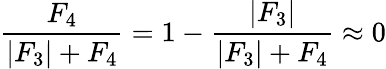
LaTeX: \frac{F_{4}}{\left|F_{3}\right|+F_{4}}=1-\frac{\left|F_{3}\right|}{\left|F_{3}\right|+F_{4}}\approx 0